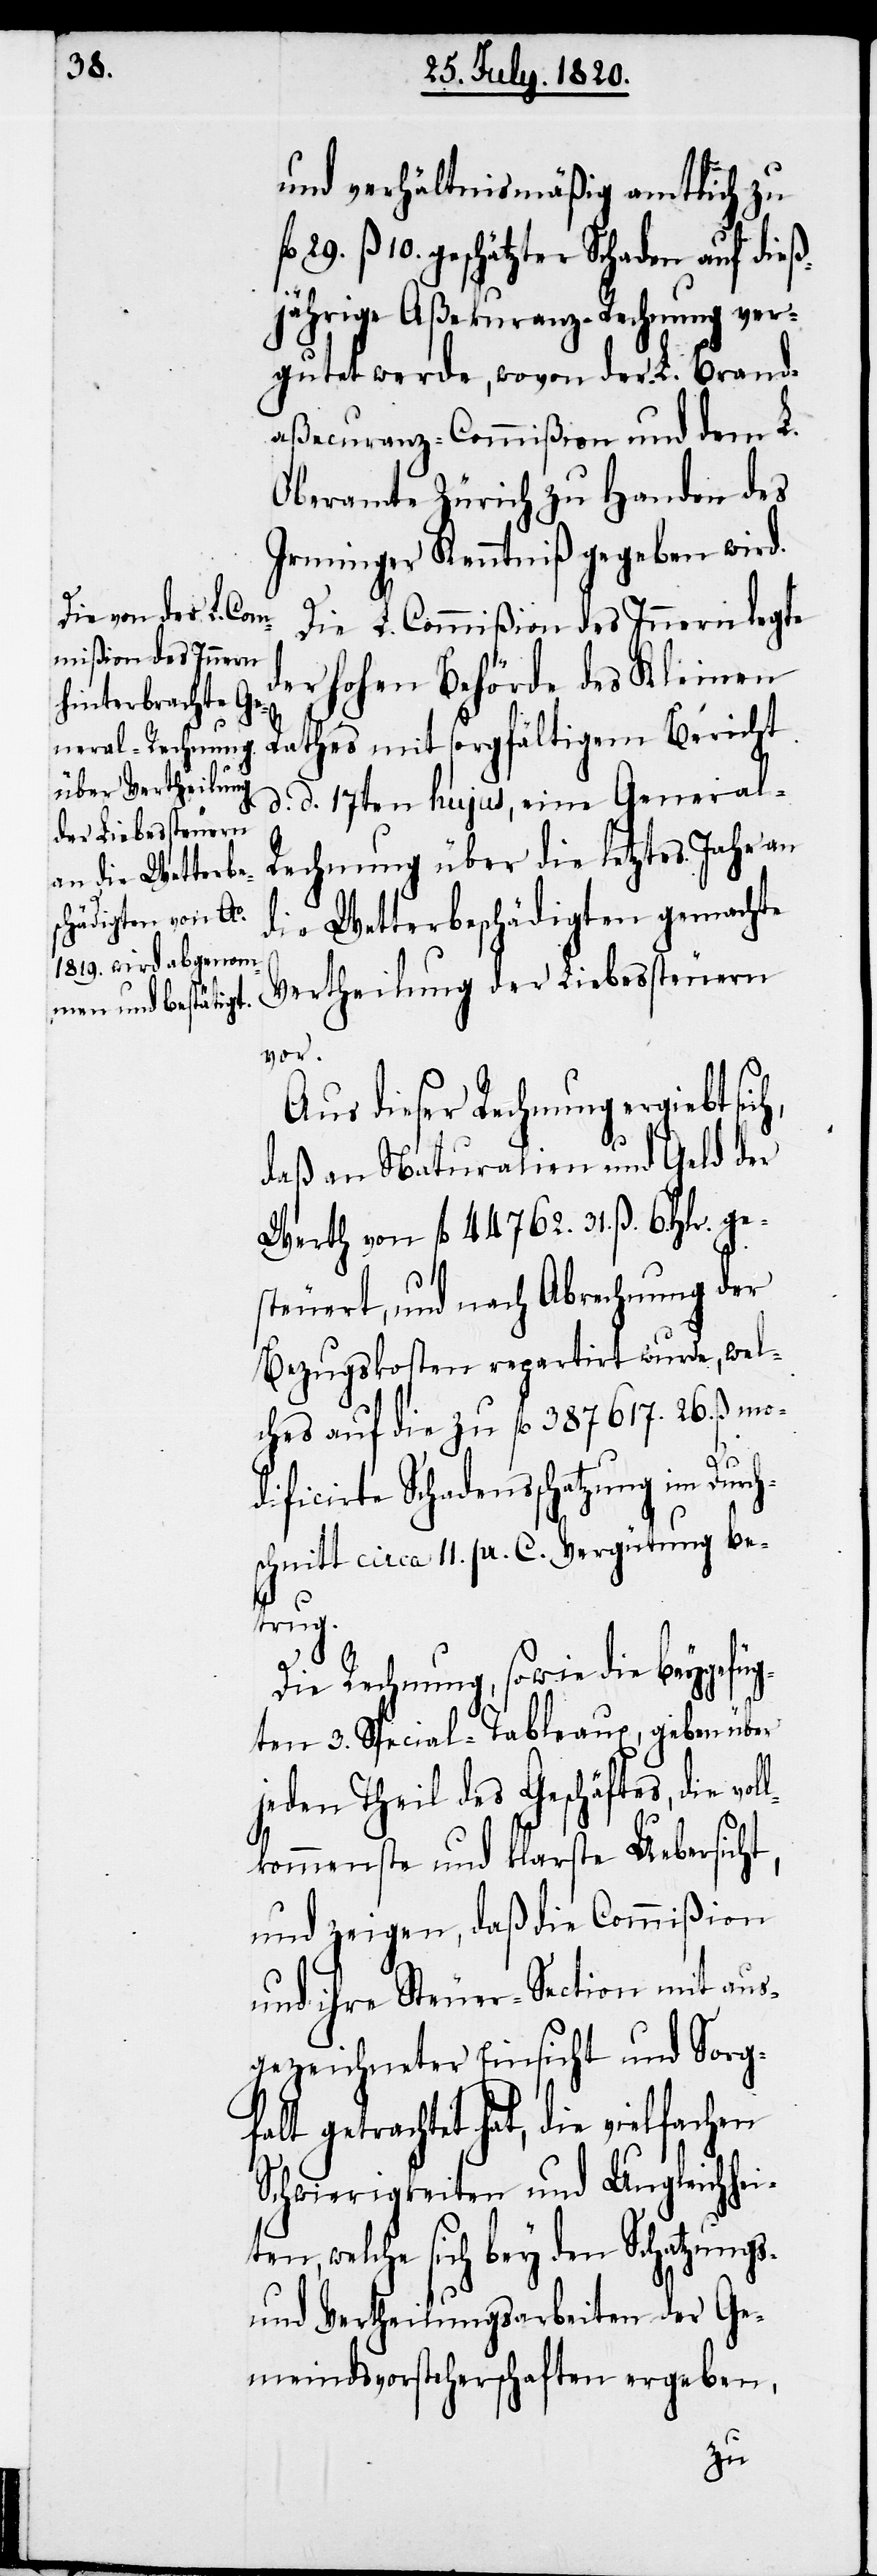
und verhältnismäßig amtlich zu
29. ß 10. geschätzter Schaden auf dieß¬
jährige Aßekuranz-Rechnung ver¬
gutet werde, wovon der L. Brand¬
aßecuranz-Commißion und dem L.
Oberamte Zürich zu Handen des
Irminger Kenntniß gegeben wird.
Die L. Commißion des Innern legte
der hohen Behörde des Kleinen
Rathes mit sorgfältigem Bericht
d. d. 17ten hujus, eine General-R¬
echnung über die letztes Jahr an
die Wetterbeschädigten gemachte
Vertheilung der Liebessteuern
vor.
Aus dieser Rechnung ergiebt
daß an Naturalien und Geld der
Werth von fl. 44762. 31. ß. 6. Hlr. ge¬
steuert, und nach Abrechnung der
Bezugskosten repartirt wurde, wel¬
ches auf die zu fl. 387. 617. 26. ß mo¬
dificirte Schadensschatzung im Du¬
schnitt circa 11. pr. C. Vergütung be¬
trug.
Die Rechnung, sowie die beygefüg¬
ten 3. Special-Tableaux, geben über
jeden Theil des Geschäftes, die vol¬
lkommenste und klarste Uebersicht,
und zeigen, daß die Commißion
und ihre Steuer-Section mit aus¬
gezeichneter Einsicht und Sorgf¬
alt getrachtet hat, die vielfachen
Schwierigkeiten und Ungleichhei¬
ten, welche sich bey den Schatzungs-
und Vertheilungsarbeiten der Ge¬
meindsvorsteherschaft ergeben,